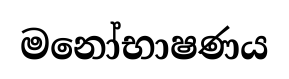
මනෝභාෂණය